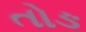
તોઙ